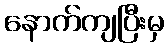
နောက်ကျပြီးမှ